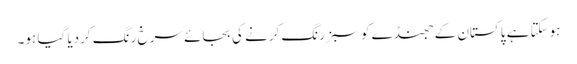
ہوسکتا ہے پاکستان کے جھنڈے کو سبز رنگ کرنے کی بجائے سرخ رنگ کردیا گیا ہو۔